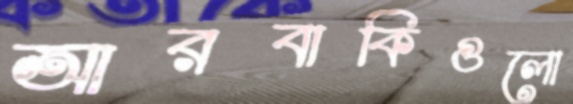
আরবাকিগুলো